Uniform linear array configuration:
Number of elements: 12
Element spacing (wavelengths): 0.25
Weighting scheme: exponential
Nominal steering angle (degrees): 30
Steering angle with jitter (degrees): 28.592
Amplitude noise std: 0.05
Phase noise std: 0.05

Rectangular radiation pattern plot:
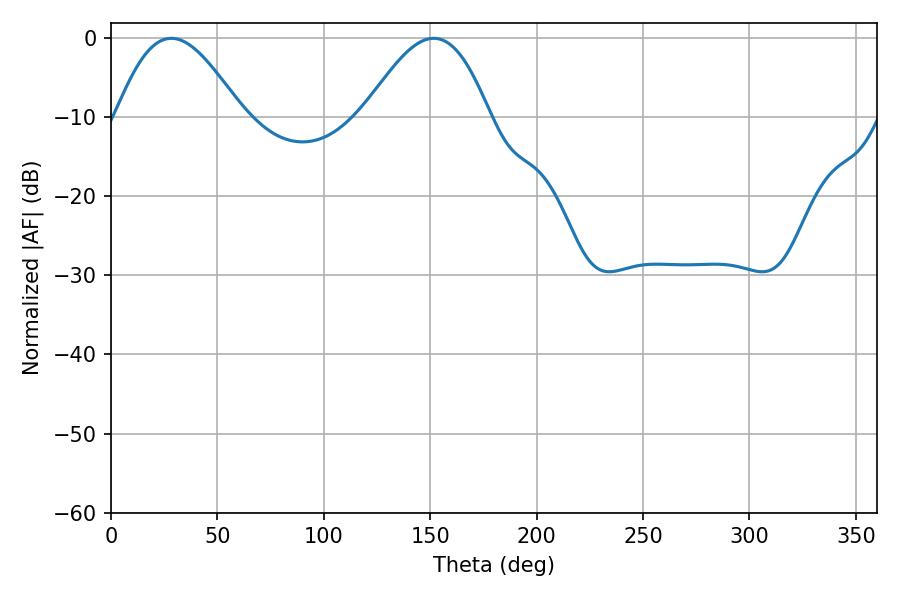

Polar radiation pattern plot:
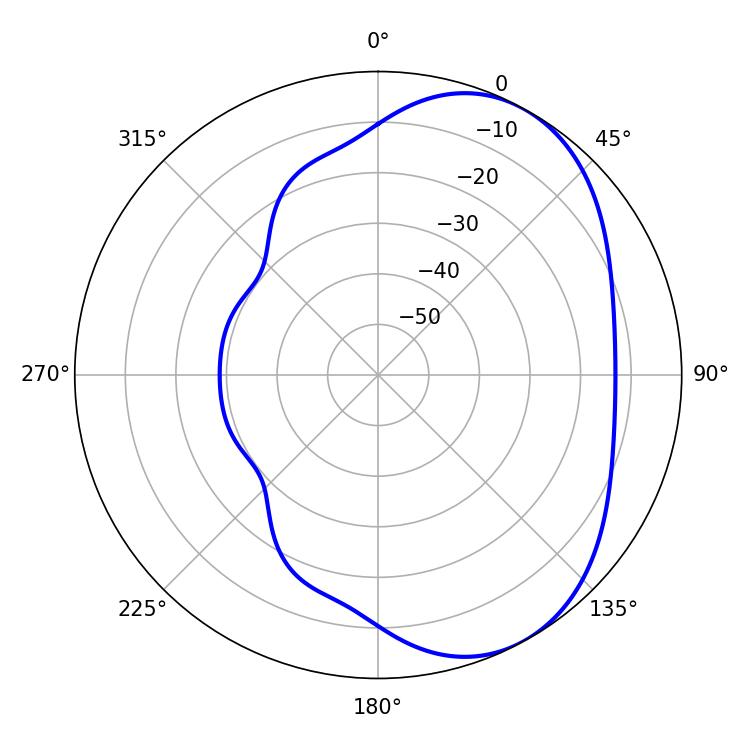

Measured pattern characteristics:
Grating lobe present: FALSE
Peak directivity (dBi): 4.94
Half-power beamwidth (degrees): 31.68
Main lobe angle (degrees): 28.44